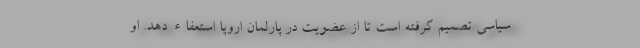
سیاسی تصمیم گرفته است تا از عضویت در پارلمان اروپا استعفاء دهد. او